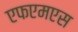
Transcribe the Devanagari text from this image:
एफएमएस